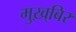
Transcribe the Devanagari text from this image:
मुख़्बिर